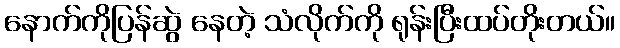
နောက်ကိုပြန်ဆွဲ နေတဲ့ သံလိုက်ကို ရုန်းပြီးထပ်တိုးတယ်။